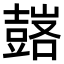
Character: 𧰀